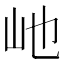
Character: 𪨥